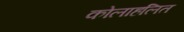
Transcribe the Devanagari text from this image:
कोलाहलित